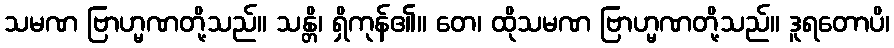
သမဏ ဗြာဟ္မဏတို့သည်။ သန္တိ၊ ရှိကုန်၏။ တေ၊ ထိုသမဏ ဗြာဟ္မဏတို့သည်။ ဒူရတောပိ၊